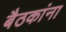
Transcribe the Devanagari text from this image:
बैठकांना